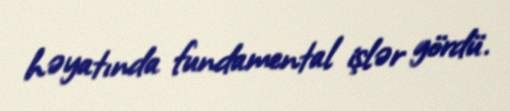
həyatında fundamental işlər gördü.